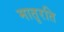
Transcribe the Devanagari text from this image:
मातृरति